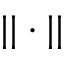
| | \cdot | |